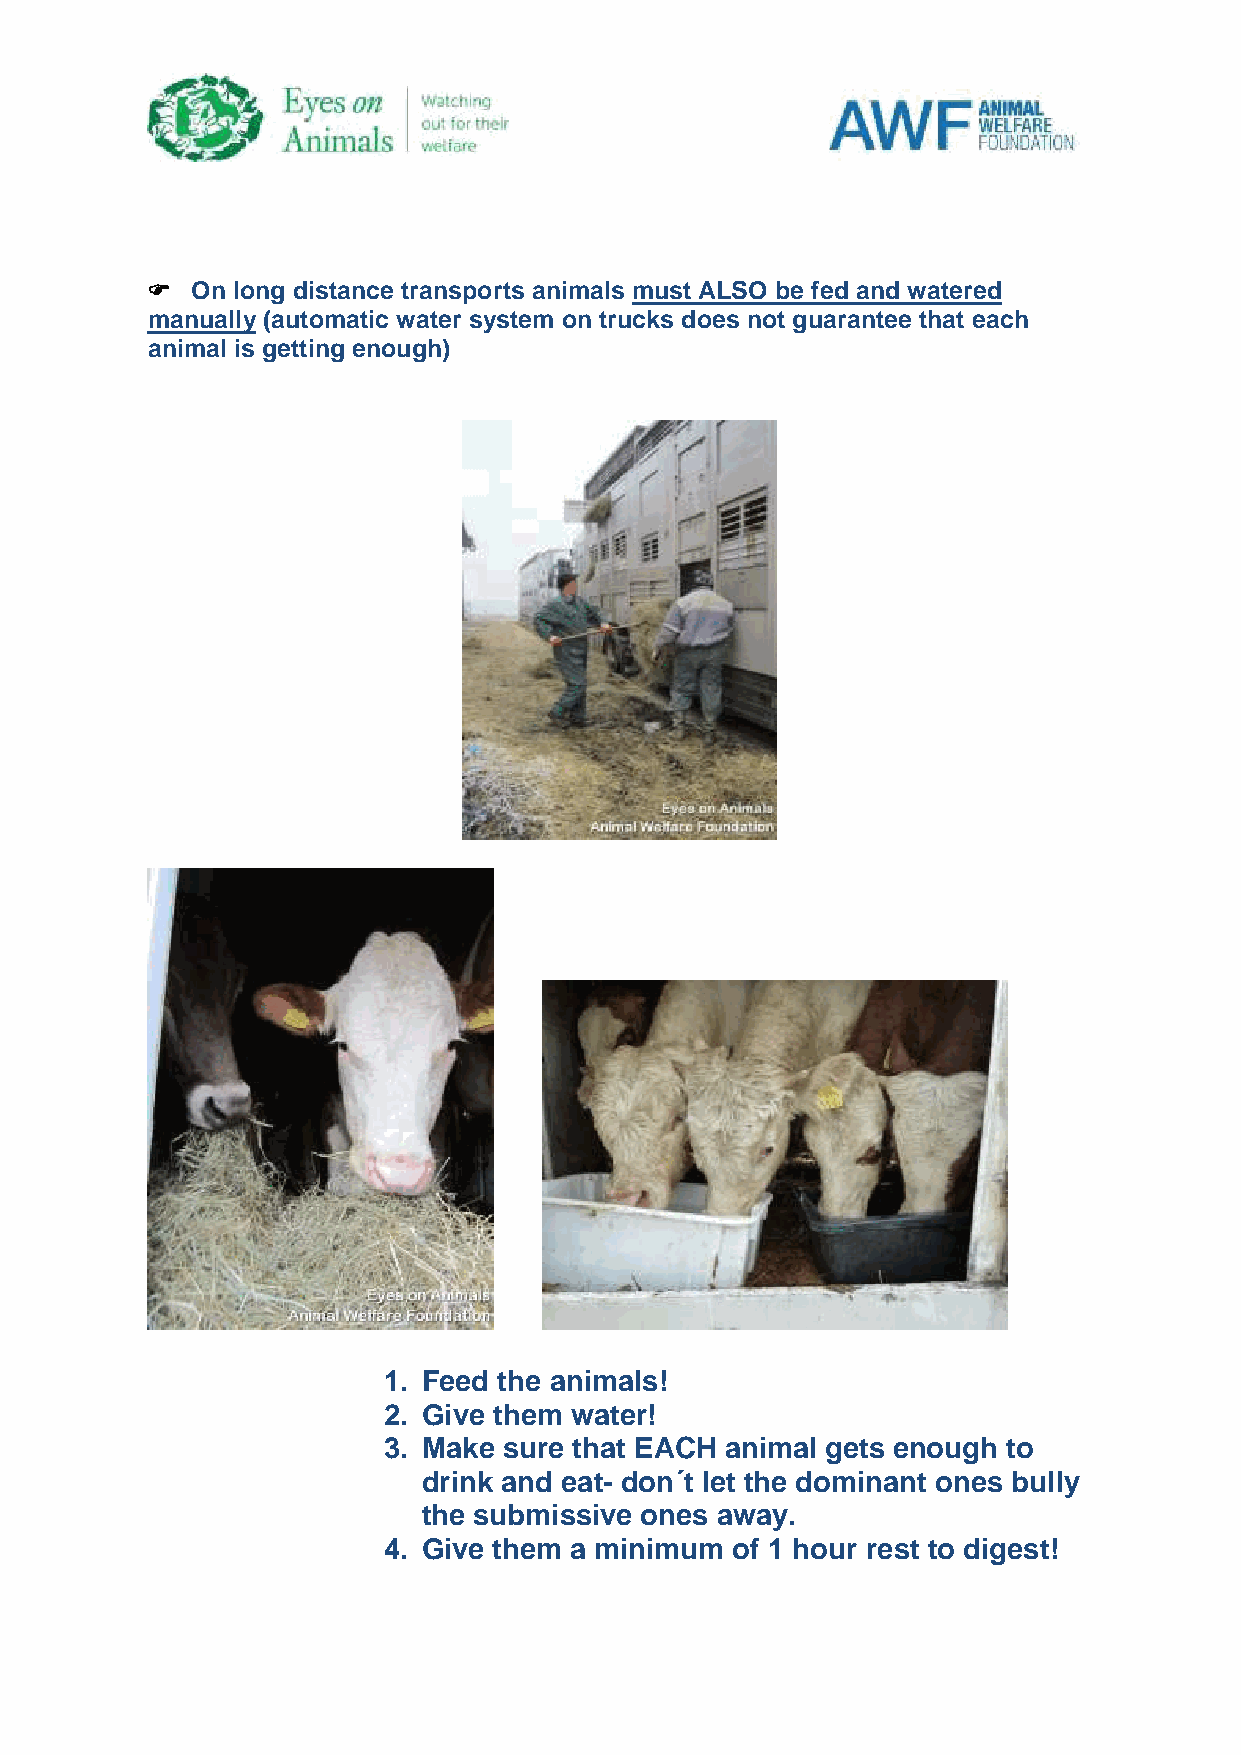
  On long distance transports animals must ALSO be fed and watered
 manually (automatic water system on trucks does not guarantee that each
 animal is getting enough)
 1. Feed the animals!
 2. Give them water!
 3. Make sure that EACH animal gets enough to
 drink and eat- don´t let the dominant ones bully
 the submissive ones away.
 4. Give them a minimum  of 1 hour rest to digest!